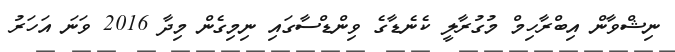
ނިޝްވާން އިބްރާހިމް މުގުރާލީ ކެނެޑާގެ ވިންޑްސާގައި ނިމިގެން މިދާ 2016 ވަނަ އަހަރު